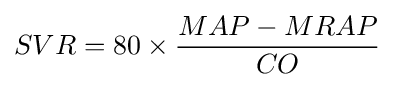
SVR=80\times {\frac {MAP-MRAP}{CO}}